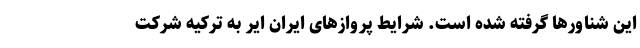
این شناورها گرفته شده است. شرایط پروازهای ایران ایر به ترکیه شرکت